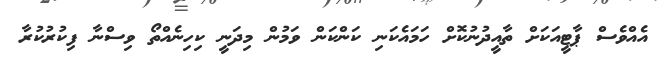
އެއްވެސް ޕާޓީއަކަށް ތާއީދުނުކޮށް ހަމައެކަނި ކަންކަން ވަމުން މިދަނީ ކިހިނެއްތޯ ވިސްނާ ފިކުރުކުރާ